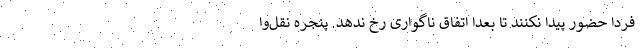
فردا حضور پیدا نکنند تا بعداً اتفاق ناگواری رخ ندهد. پنجره نقل‌وا